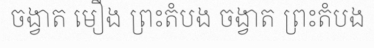
ចង្វាត មឿង ព្រះតំបង ចង្វាត ព្រះតំបង